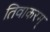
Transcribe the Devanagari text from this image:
तिवाकरम्